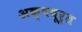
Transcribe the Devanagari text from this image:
अक्षधूर्त